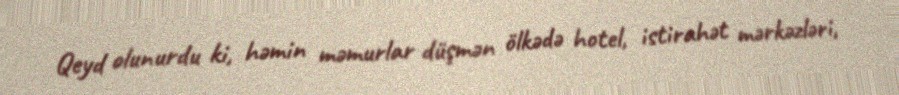
Qeyd olunurdu ki, həmin məmurlar düşmən ölkədə hotel, istirahət mərkəzləri,